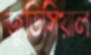
জুডিসিয়াল